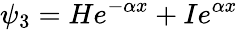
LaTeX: \psi_{3}=He^{-\alpha x}+Ie^{\alpha x}\,